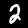
Digit: 2